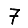
Digit: 7